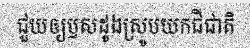
ជួយឲ្យឫសដូងស្រូបយកជីជាតិ